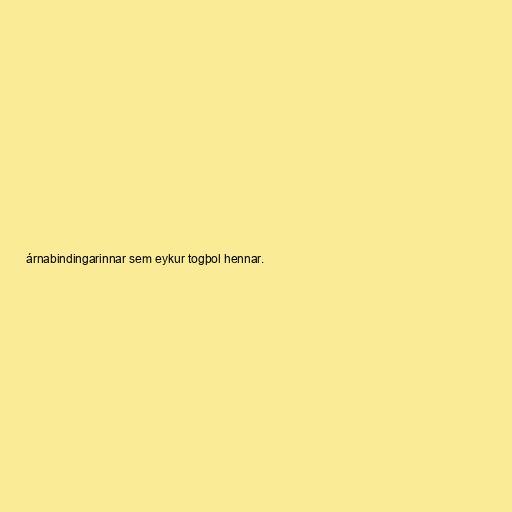
árnabindingarinnar sem eykur togþol hennar.